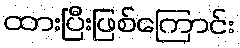
ထားပြီးဖြစ်ကြောင်း